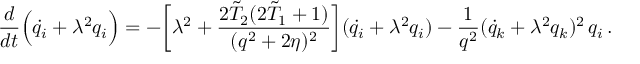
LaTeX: \frac { d } { d t } \Bigl ( \dot { q } _ { i } + \lambda ^ { 2 } q _ { i } \Bigr ) = - \biggl [ \lambda ^ { 2 } + \frac { 2 \tilde { T } _ { 2 } ( 2 \tilde { T } _ { 1 } + 1 ) } { ( q ^ { 2 } + 2 \eta ) ^ { 2 } } \biggr ] ( \dot { q } _ { i } + \lambda ^ { 2 } q _ { i } ) - \frac { 1 } { q ^ { 2 } } ( \dot { q } _ { k } + \lambda ^ { 2 } q _ { k } ) ^ { 2 } \, q _ { i } \, .